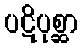
ပဋိပုစ္ဆာ